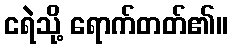
ငရဲသို့ ရောက်တတ်၏။